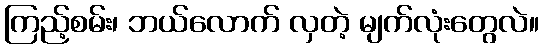
ကြည့်စမ်း၊ ဘယ်လောက် လှတဲ့ မျက်လုံးတွေလဲ။